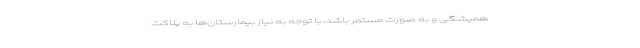
همیشگی و به صورت مستمر باشد، با توجه به نیاز بیمارستان‌ها به پلاکت